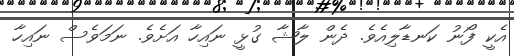
އެކީ ފޯނު ކަނޑާލިއެވެ. ދެން ލާޝާ ގުޅީ ނައިހާ އަށެވެ. ނަމަވެސް ނައިހާ